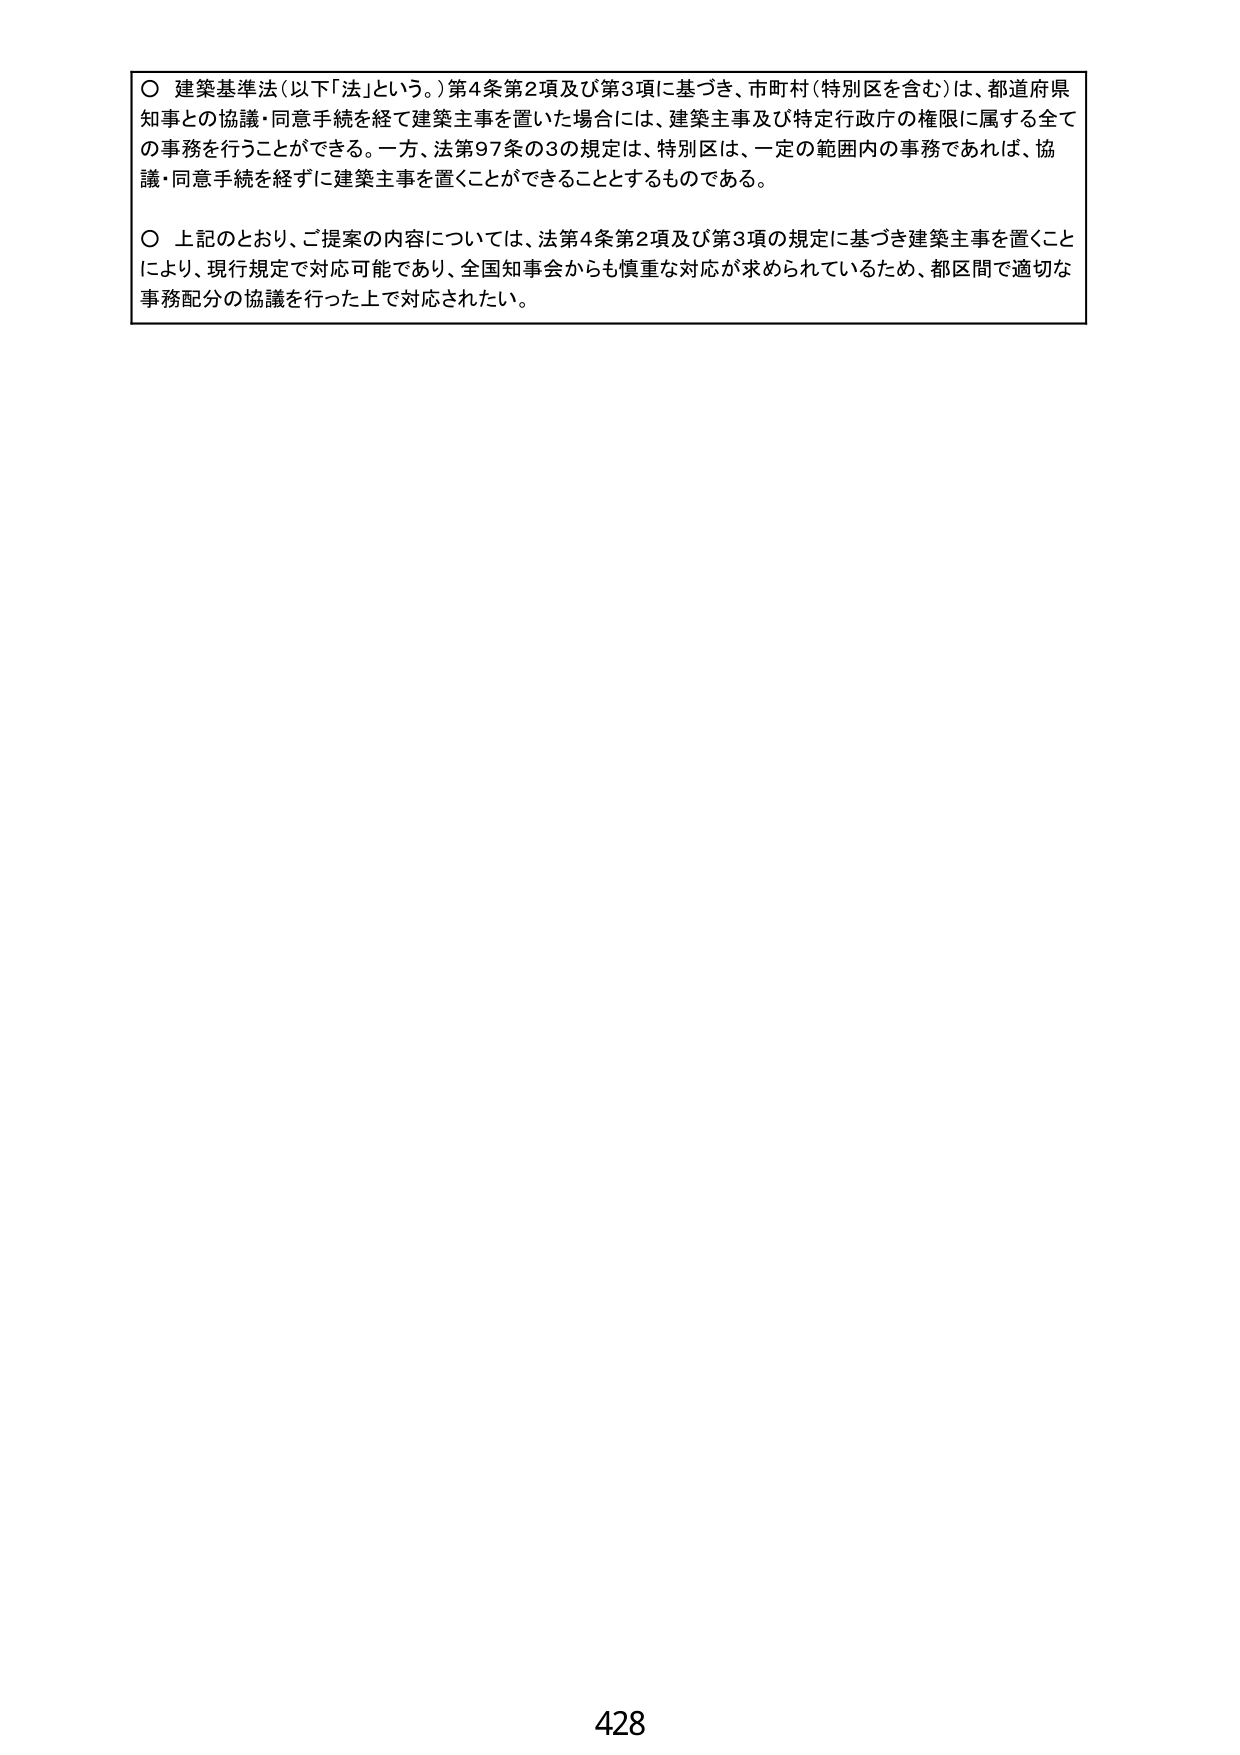
○ 建築基準法（以下「法」という。）第4条第2項及び第3項に基づき、市町村（特別区を含む）は、都道府県知事との協議・同意手続を経て建築主事を置いた場合には、建築主事及び特定行政庁の権限に属する全ての事務を行うことができる。一方、法第97条の3の規定は、特別区は、一定の範囲内の事務であれば、協議・同意手続を経ずに建築主事を置くことができることとするものである。

○ 上記のとおり、ご提案の内容については、法第4条第2項及び第3項の規定に基づき建築主事を置くことにより、現行規定で対応可能であり、全国知事会からも慎重な対応が求められているため、都区間で適切な事務配分の協議を行った上で対応されたい。

428